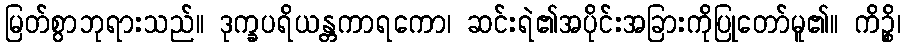
မြတ်စွာဘုရားသည်။ ဒုက္ခပရိယန္တကာရကော၊ ဆင်းရဲ၏အပိုင်းအခြားကိုပြုတော်မူ၏။ ကိဉ္စိ၊